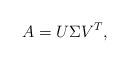
LaTeX: \begin{align*}A=U\Sigma V^T,\end{align*}